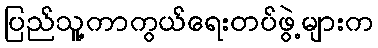
ပြည်သူ့ကာကွယ်ရေးတပ်ဖွဲ့များက